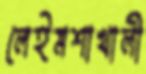
লেইমশাখালী